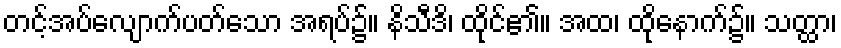
တင့်အပ်လျောက်ပတ်သော အရပ်၌။ နိသီဒိ၊ ထိုင်၏။ အထ၊ ထိုနောက်၌။ သတ္ထာ၊